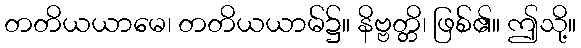
တတိယယာမေ၊ တတိယယာမ်၌။ နိဗ္ဗတ္တိ၊ ဖြစ်၏။ ဤသို့။